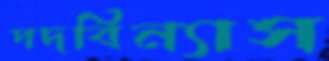
পদবিন্যাস